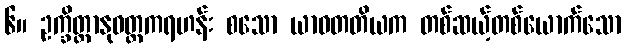
၆။ ဥက္ခိတ္တာနုဝတ္တကရဟန်း စသော ယာဝတတိယက တစ်ဆယ့်တစ်ယောက်သော